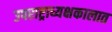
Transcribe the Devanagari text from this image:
उपराष्ट्राध्यक्षकालात